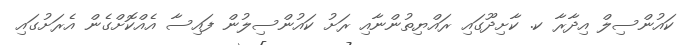
ކައުންސިލް އިދާރާ ކ. ކާށިދޫގައި ރައްޔިތުންނާއި ރަށު ކައުންސިލުން ފައިސާ އެއްކޮށްގެން އެރަށުގައި